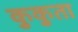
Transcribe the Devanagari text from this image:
कुकुता